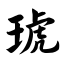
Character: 琥